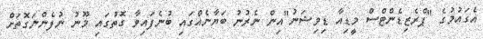
އެގައުމުގެ "ޕްރެޒިޑެންޓްސް މީޑިއާ ޑިވިޝަނު"އިން ނެރުނު ބަޔާނެއްގައި ބުނެފައިވާ ގޮތުގައި މޫނު ނުފެންނަގޮތަށް